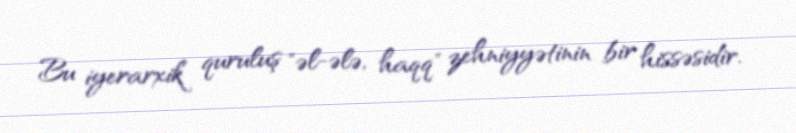
Bu iyerarxik quruluş "əl-ələ, haqq" zehniyyətinin bir hissəsidir.